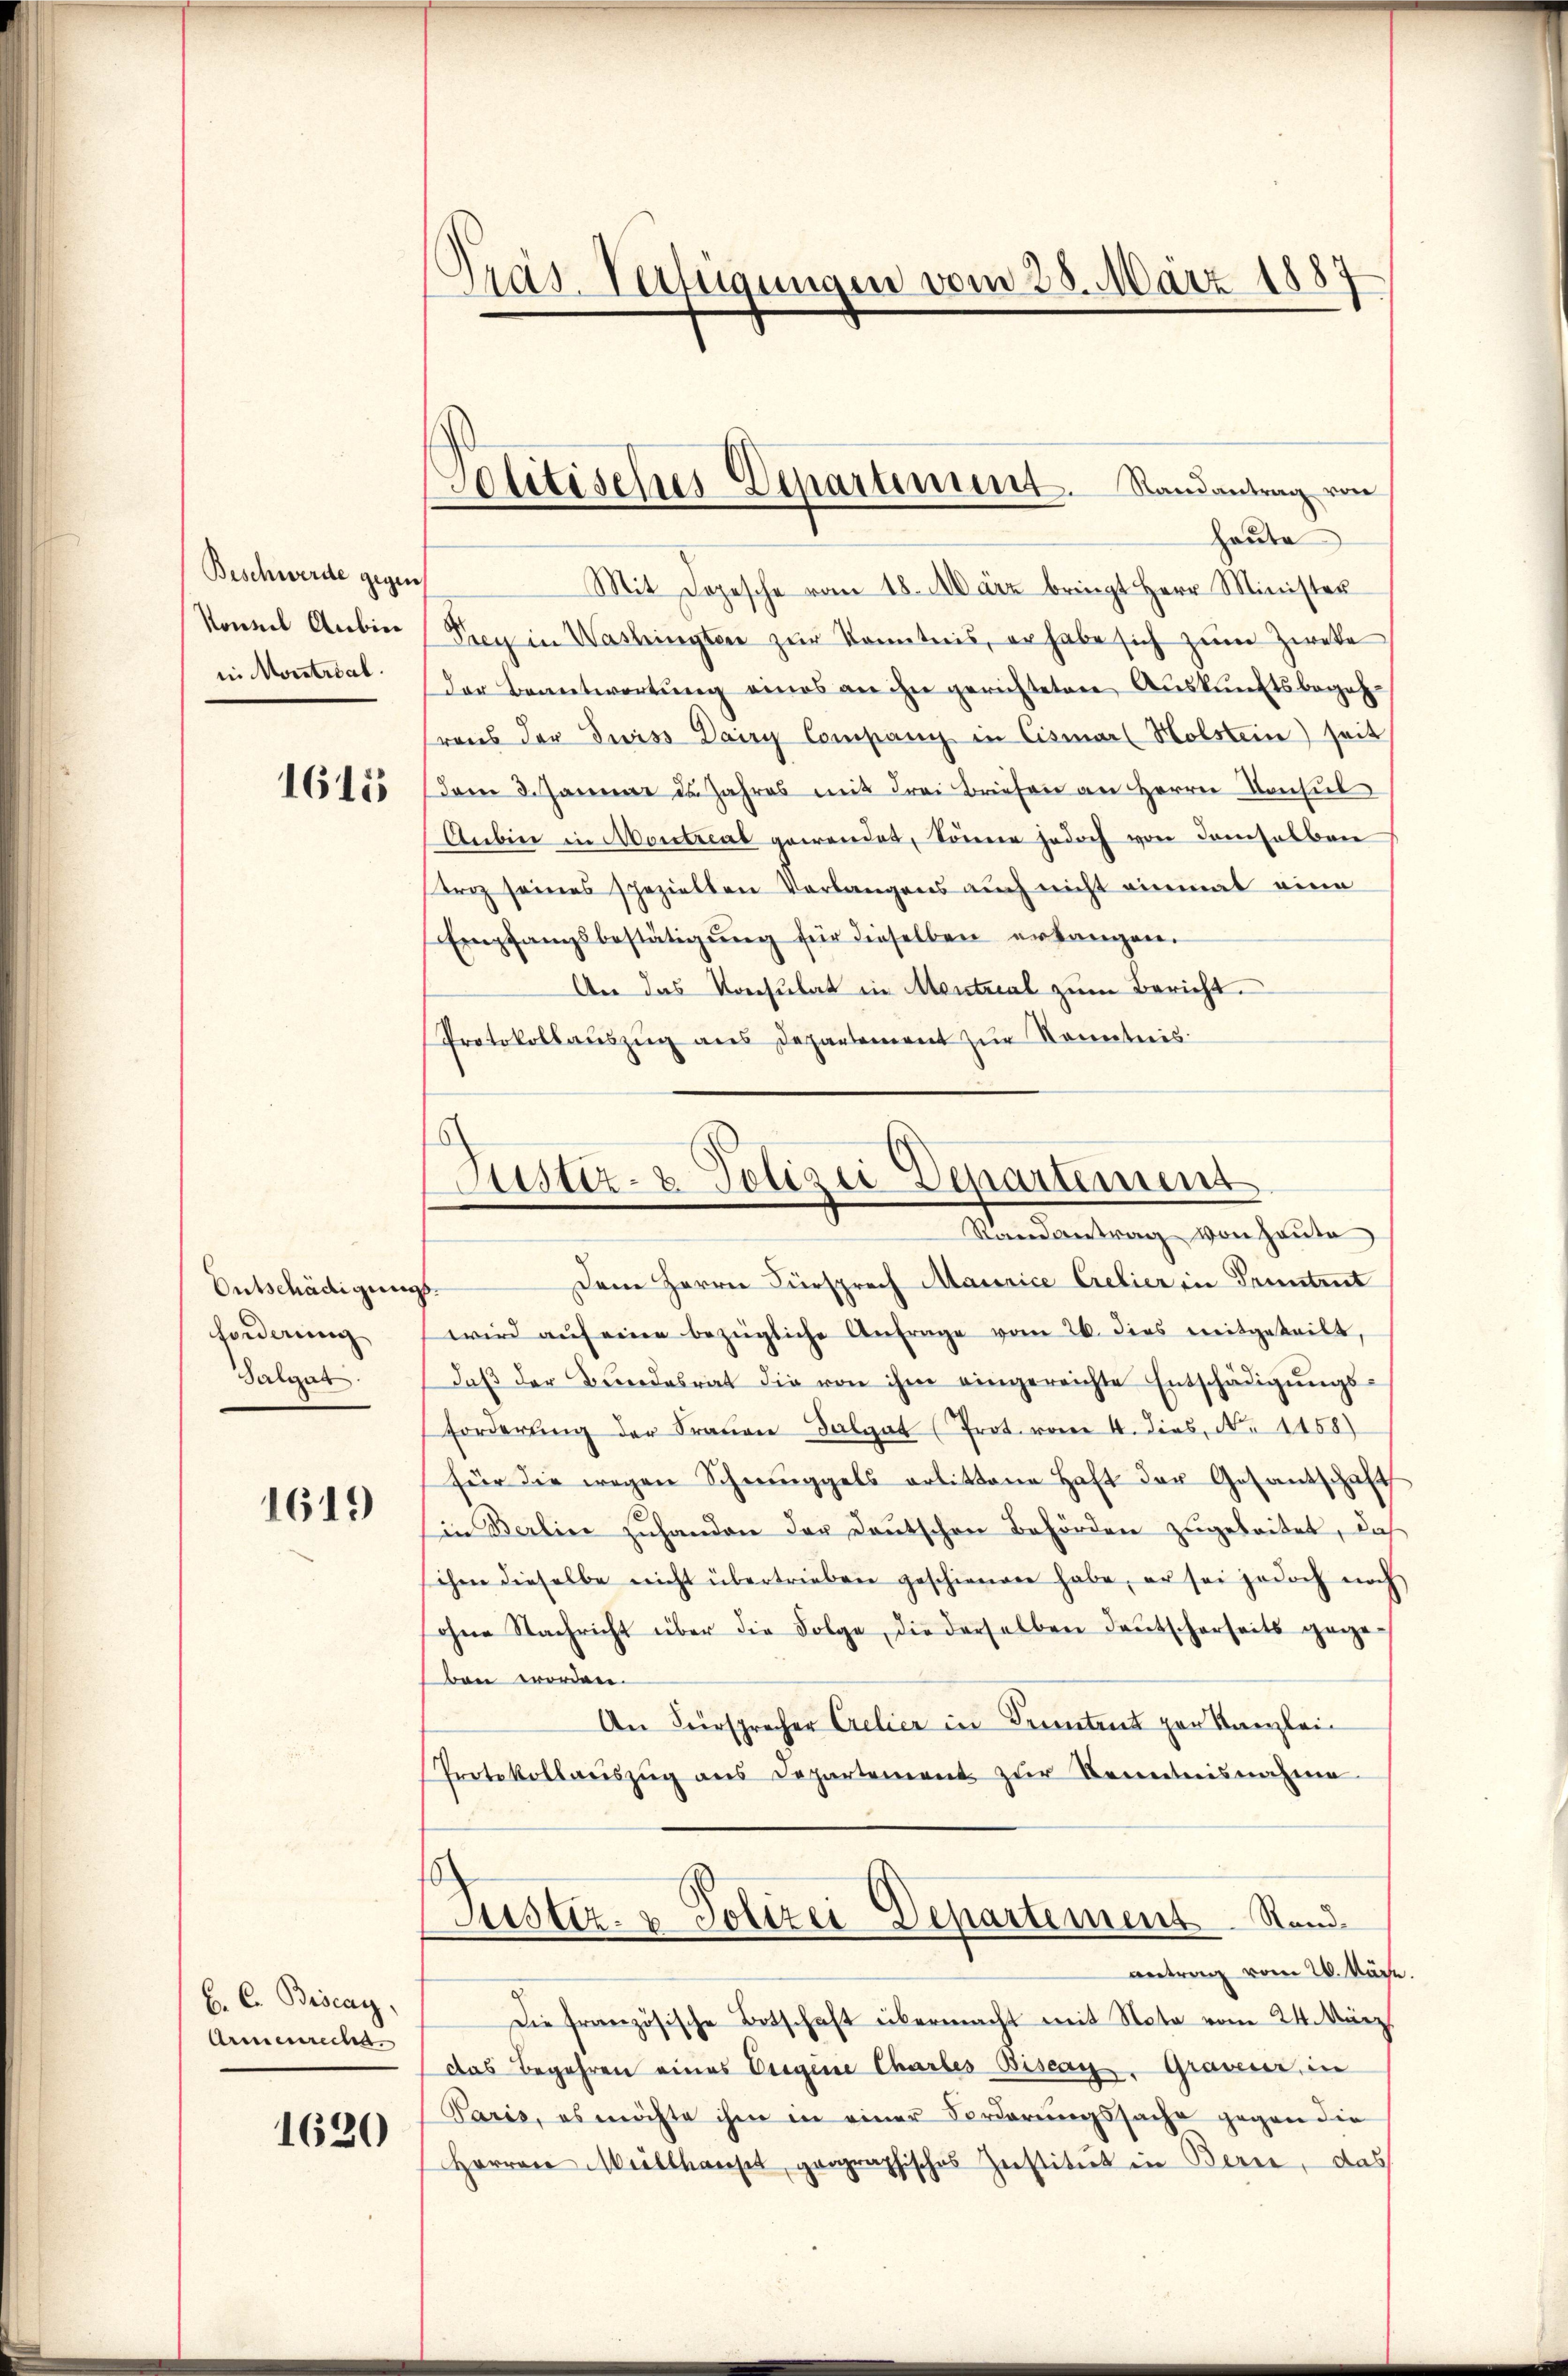
Beschwerde gegen
Konnel Anbie

Entschädigung
forderung
Salgut.

1619

C. C. Biscay,
Armenreche.
1620

Präs. Verfügungen vom 28. März 1887

heute
Mit Depesche vom 18. März bringt Herr Minister
Prey in Washingten zur konntnis, er habe sich zum Zweke
i Montriat der Beantwortŭng eines an ihn gerichteten Auskunftsbegeh-
raus der Juriss Dairy Company in Cismarl Holstein) seit
115 (dem 3. Januar d. Jahres mit drei Briefen an Herrn Konsul
Anbin in Montreal gewendet, könne jedoch von demselben
Kroz seines speziellen Verlangens auch nicht einmal eine
Empfangsbestätigung für dieselben erlangen.
An das Konsulat in Montreal zum Bericht.
Protokollauszug aus Departement zur Kenntnis

Solitisches Departiment. Randantrag von

Justiz- & Polizei Departemens
Randantrag von Haute

Dem Herrn Fürsprech Maurice Cretier in Pruntrut
B
wird aŭf eine bezügliche Anfrage vom 26. dies mitgeteilt,
daβ der Bundesrat die von ihm eingereichte Entschädigŭngs-
Forderŭng der Fraŭen Salat (Prot. vom 4. dies, N. 1458)
für die wegen Schwenggels artittene Haft der Gesantschaft
in Berlin zŭhanden der Deutschen Behörden zugebeitet, daß
schen dieselbe nicht übertrieben geschienen habe, er sei jedoch noch
ohne Nachricht über die Folge, die derselben deŭtscherseits gege-
ben worden.
An Fürsprecher Crelier in Kenntent zur Kanzlei-
Protokollaŭszŭg ans Departement zŭr Kenntnisnahme
Justiz- & Polizei-Departement. Stand.
antrag vom 26. März
Die französische Botschaft übermacht mit Nota vom 24. März
Das Begehren eines Eigene Chartes Biseau. Graveur, in
Paris, es möchte ihm in einer Vorderungssache gegen die
Herrn Müllhauset geographisches Zerstitut in Berne, das